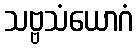
သဗ္ဗသံယောဂံ